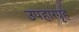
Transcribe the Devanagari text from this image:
उपहारग्रृह